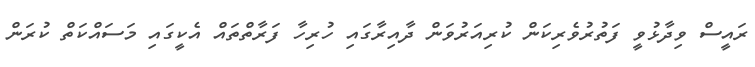
ރައީސް ވިދާޅުވީ ފަތުރުވެރިކަން ކުރިއަރުވަން ދާއިރާގައި ހުރިހާ ފަރާތްތައް އެކީގައި މަސައްކަތް ކުރަން